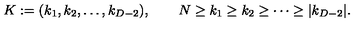
K : = ( k _ { 1 } , k _ { 2 } , \ldots , k _ { D - 2 } ) , \qquad N \geq k _ { 1 } \geq k _ { 2 } \geq \cdots \geq | k _ { D - 2 } | .